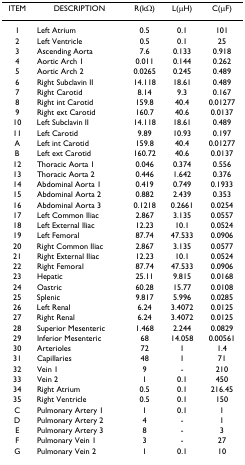
<table><thead><tr><td><b>ITEM</b></td><td><b>DESCRIPTION</b></td><td><b>R(kΩ)</b></td><td><b>L(μH)</b></td><td><b>C(μF)</b></td></tr></thead><tbody><tr><td>1</td><td>Left Atrium</td><td>0.5</td><td>0.1</td><td>101</td></tr><tr><td>2</td><td>Left Ventricle</td><td>0.5</td><td>0.1</td><td>25</td></tr><tr><td>3</td><td>Ascending Aorta</td><td>7.6</td><td>0.133</td><td>0.918</td></tr><tr><td>4</td><td>Aortic Arch 1</td><td>0.011</td><td>0.144</td><td>0.262</td></tr><tr><td>5</td><td>Aortic Arch 2</td><td>0.0265</td><td>0.245</td><td>0.489</td></tr><tr><td>6</td><td>Right Subclavin II</td><td>14.118</td><td>18.61</td><td>0.489</td></tr><tr><td>7</td><td>Right Carotid</td><td>8.14</td><td>9.3</td><td>0.167</td></tr><tr><td>8</td><td>Right int Carotid</td><td>159.8</td><td>40.4</td><td>0.01277</td></tr><tr><td>9</td><td>Right ext Carotid</td><td>160.7</td><td>40.6</td><td>0.0137</td></tr><tr><td>10</td><td>Left Subclavin II</td><td>14.118</td><td>18.61</td><td>0.489</td></tr><tr><td>11</td><td>Left Carotid</td><td>9.89</td><td>10.93</td><td>0.197</td></tr><tr><td>A</td><td>Left int Carotid</td><td>159.8</td><td>40.4</td><td>0.01277</td></tr><tr><td>B</td><td>Left ext Carotid</td><td>160.72</td><td>40.6</td><td>0.0137</td></tr><tr><td>12</td><td>Thoracic Aorta 1</td><td>0.046</td><td>0.374</td><td>0.556</td></tr><tr><td>13</td><td>Thoracic Aorta 2</td><td>0.446</td><td>1.642</td><td>0.376</td></tr><tr><td>14</td><td>Abdominal Aorta 1</td><td>0.419</td><td>0.749</td><td>0.1933</td></tr><tr><td>15</td><td>Abdominal Aorta 2</td><td>0.882</td><td>2.439</td><td>0.353</td></tr><tr><td>16</td><td>Abdominal Aorta 3</td><td>0.1218</td><td>0.2661</td><td>0.0254</td></tr><tr><td>17</td><td>Left Common Iliac</td><td>2.867</td><td>3.135</td><td>0.0557</td></tr><tr><td>18</td><td>Left External Iliac</td><td>12.23</td><td>10.1</td><td>0.0524</td></tr><tr><td>19</td><td>Left Femoral</td><td>87.74</td><td>47.533</td><td>0.0906</td></tr><tr><td>20</td><td>Right Common Iliac</td><td>2.867</td><td>3.135</td><td>0.0577</td></tr><tr><td>21</td><td>Right External Iliac</td><td>12.23</td><td>10.1</td><td>0.0524</td></tr><tr><td>22</td><td>Right Femoral</td><td>87.74</td><td>47.533</td><td>0.0906</td></tr><tr><td>23</td><td>Hepatic</td><td>25.11</td><td>9.815</td><td>0.0168</td></tr><tr><td>24</td><td>Oastric</td><td>60.28</td><td>15.77</td><td>0.0108</td></tr><tr><td>25</td><td>Splenic</td><td>9.817</td><td>5.996</td><td>0.0285</td></tr><tr><td>26</td><td>Left Renal</td><td>6.24</td><td>3.4072</td><td>0.0125</td></tr><tr><td>27</td><td>Right Renal</td><td>6.24</td><td>3.4072</td><td>0.0125</td></tr><tr><td>28</td><td>Superior Mesenteric</td><td>1.468</td><td>2.244</td><td>0.0829</td></tr><tr><td>29</td><td>Inferior Mesenteric</td><td>68</td><td>14.058</td><td>0.00561</td></tr><tr><td>30</td><td>Arterioles</td><td>72</td><td>1</td><td>1.4</td></tr><tr><td>31</td><td>Capillaries</td><td>48</td><td>1</td><td>71</td></tr><tr><td>32</td><td>Vein 1</td><td>9</td><td>-</td><td>210</td></tr><tr><td>33</td><td>Vein 2</td><td>1</td><td>0.1</td><td>450</td></tr><tr><td>34</td><td>Right Atrium</td><td>0.5</td><td>0.1</td><td>216.45</td></tr><tr><td>35</td><td>Right Ventricle</td><td>0.5</td><td>0.1</td><td>150</td></tr><tr><td>C</td><td>Pulmonary Artery 1</td><td>1</td><td>0.1</td><td>1</td></tr><tr><td>D</td><td>Pulmonary Artery 2</td><td>4</td><td>-</td><td>1</td></tr><tr><td>E</td><td>Pulmonary Artery 3</td><td>8</td><td>-</td><td>3</td></tr><tr><td>F</td><td>Pulmonary Vein 1</td><td>3</td><td>-</td><td>27</td></tr><tr><td>G</td><td>Pulmonary Vein 2</td><td>1</td><td>0.1</td><td>10</td></tr></tbody></table>